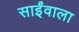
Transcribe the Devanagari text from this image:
साईंवाला